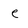
Character: e